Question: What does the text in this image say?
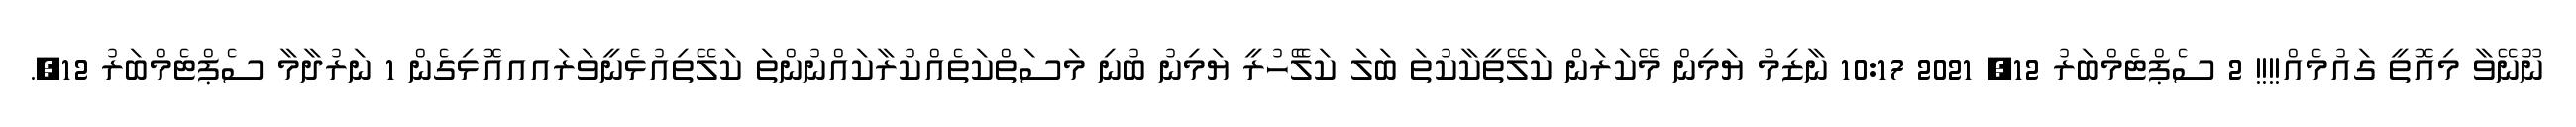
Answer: ނޫނޭވާ މިއޮތީ ގައުމެއް!!!! 2 ސެޕްޓެމްބަރު 12, 2021 10:17 ނާޒިމު ޔަމިން މޭކަރަން ކަލޭތީކާކުތަ ބަލަ ކަލެޭހުރީ ޔަމިނު ބުނި މަސަތްކަތެއްކުރާކައްނުންތަ ކަލޭތިއުޅެނީވަރައއއޮޅިގެން 1 ނަރުދާމާ ސެޕްޓެމްބަރު 12,.